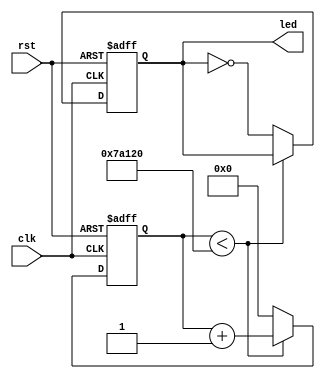
module counter(rst, clk, led);
input rst, clk;
output led;
reg led;
reg [31:0]cnt;

always@(posedge clk or negedge rst)
begin
	if(rst==0)
	begin
		cnt<=0;
		led<=0;
	end
	else
	begin
		if(cnt<500000)
			cnt<=cnt+1;
		else
		begin
			cnt<=0;
			led<=~led;
		end
	end
end

endmodule